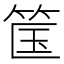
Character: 筺